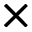
\times